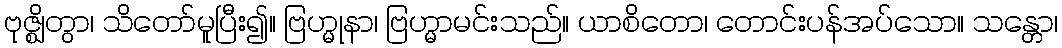
ဗုဇ္ဈိတွာ၊ သိတော်မူပြီး၍။ ဗြဟ္မုနာ၊ ဗြဟ္မာမင်းသည်။ ယာစိတော၊ တောင်းပန်အပ်သော။ သန္တော၊